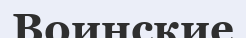
Воинские